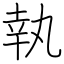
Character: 執